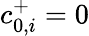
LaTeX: c_{0,i}^{+}=0